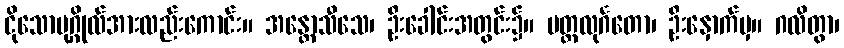
ငိုသောပုဂ္ဂိုလ်အားလည်းကောင်း။ အန္တောသီသေ၊ ဦးခေါင်းအတွင်း၌။ မတ္ထလုင်္ဂတော၊ ဦးနှောက်မှ။ ဂလိတွာ၊